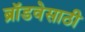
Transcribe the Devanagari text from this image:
ब्रॉडवेसाठी